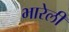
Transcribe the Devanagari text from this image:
भारेली